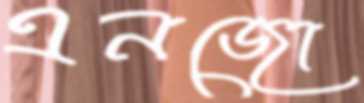
এনজো